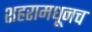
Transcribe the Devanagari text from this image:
शहरामधूनच